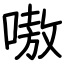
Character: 嗷